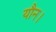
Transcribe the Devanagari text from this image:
यौन।